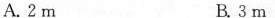
A.2m B.3m